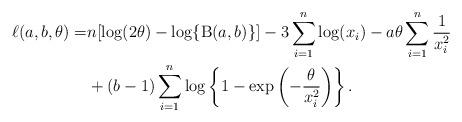
LaTeX: \begin{align*}\ell(a,b,\theta)=&n[\log(2\theta) - \log \{ \operatorname{B}(a,b) \}]-3 \sum^n_{i=1}\log (x_{i})-a\theta\sum^n_{i=1} \frac{1}{x^2_i}\\&+(b-1)\sum^{n}_{i=1}\log\left\{1- \exp\left(-\frac{\theta}{x_i^2}\right)\right\}.\end{align*}